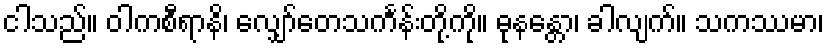
ငါသည်။ ဝါကစီရာနိ၊ လျှော်တေသင်္ကန်းတို့ကို။ ဓုနန္တော၊ ခါလျက်။ သကဿမာ၊